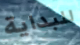
للبداية